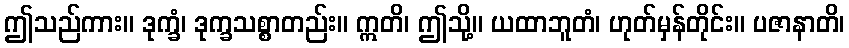
ဤသည်ကား။ ဒုက္ခံ၊ ဒုက္ခသစ္စာတည်း။ ဣတိ၊ ဤသို့။ ယထာဘူတံ၊ ဟုတ်မှန်တိုင်း။ ပဇာနာတိ၊